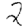
Digit: 2